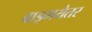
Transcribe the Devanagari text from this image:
वाड्मयेतर